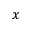
x